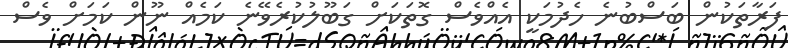
ފަރާތަކުން ބަސްބުނެ ހެދުމަކީ އެއްވެސް ގޮތަކަށް ގަބޫލުކުރެވޭނެ ކަމެއް ނޫން ކަމަށް ވެސް